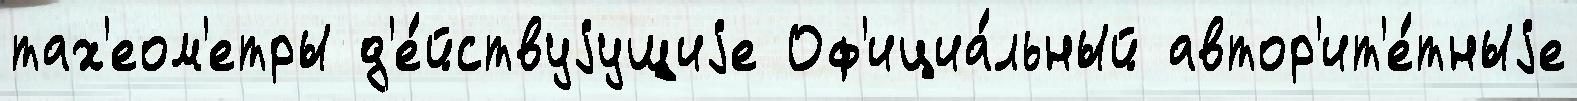
тах'еом'етры д'е́йствуjущиjе Оф'ициа́льный автор'ит'е́тныjе